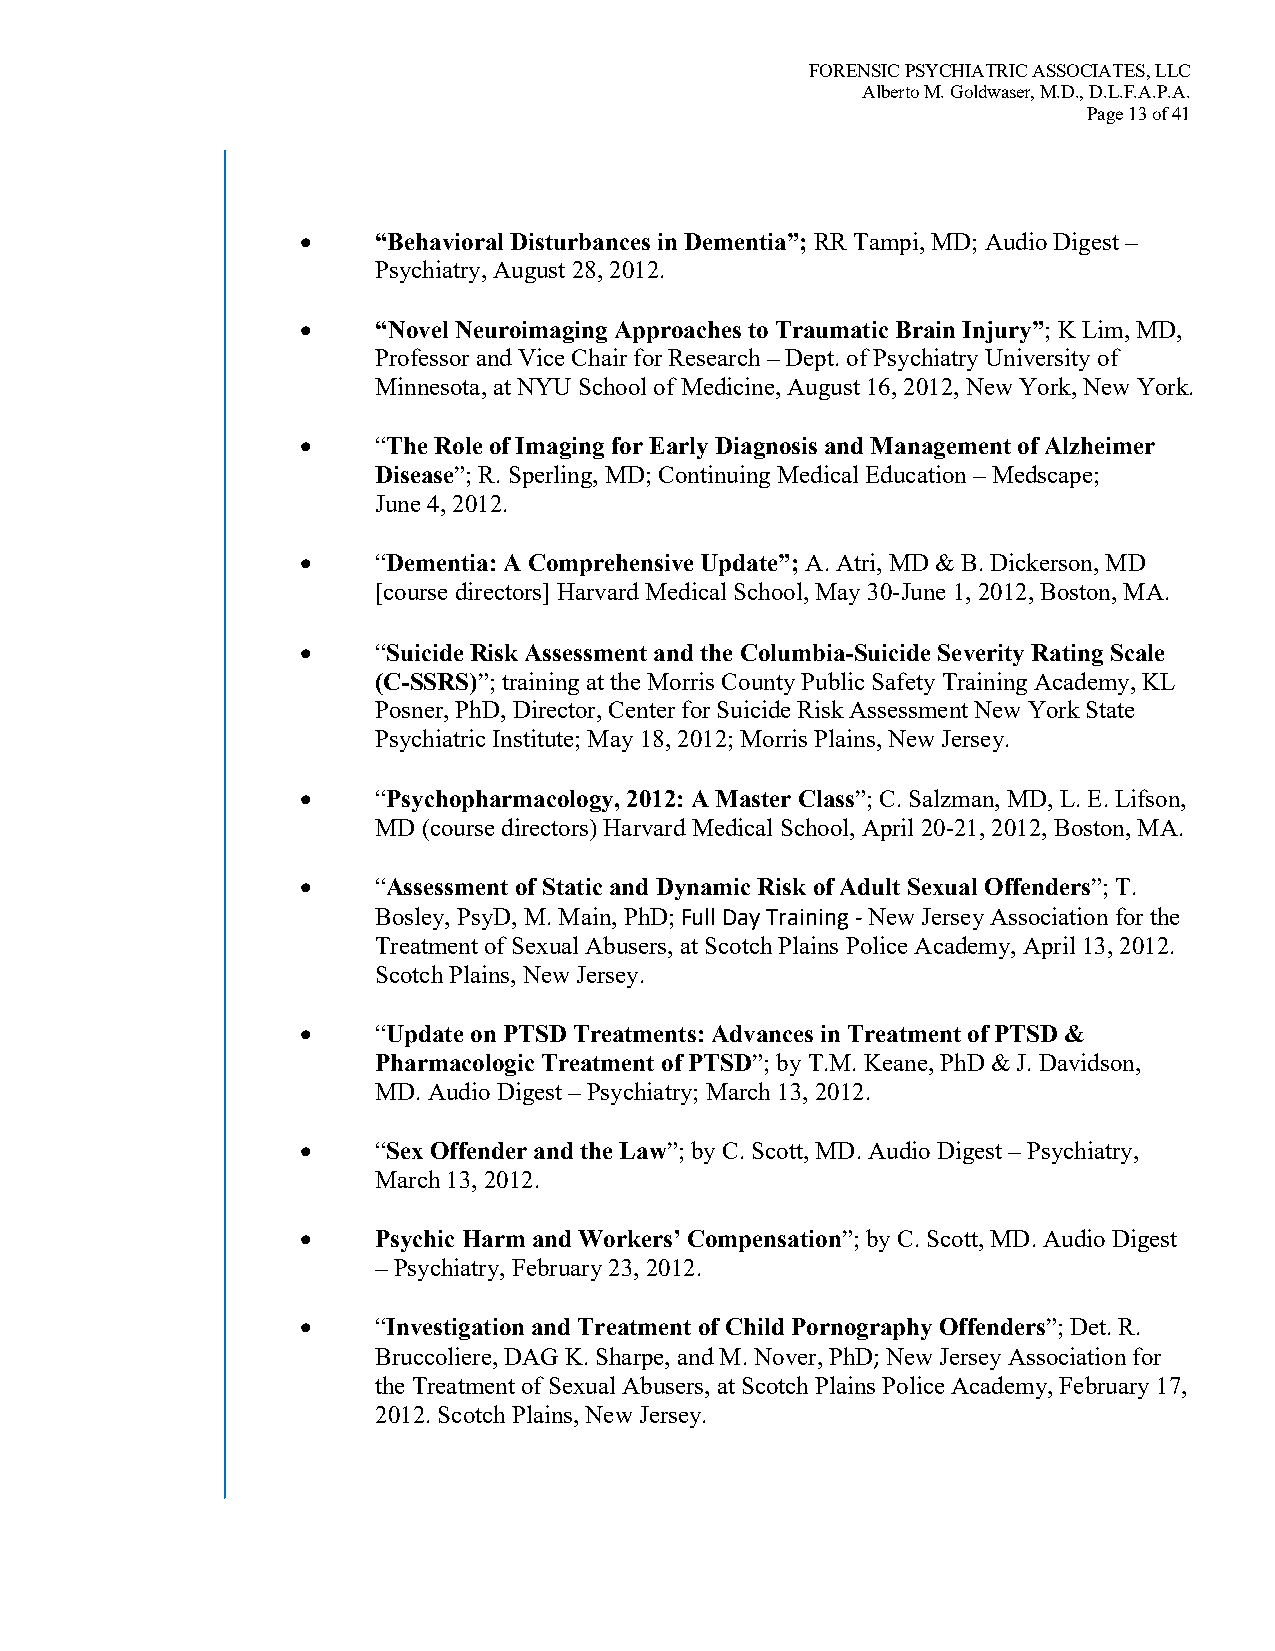
FORENSIC PSYCHIATRIC ASSOCIATES, LLC
 Alberto M. Goldwaser, M.D., D.L.F.A.P.A.
 Page 13 of 41
 •    “Behavioral Disturbances in Dementia”; RR Tampi, MD; Audio Digest –
 Psychiatry, August 28, 2012.
 •    “Novel Neuroimaging Approaches to Traumatic Brain Injury”; K Lim, MD,
 Professor and Vice Chair for Research – Dept. of Psychiatry University of
 Minnesota, at NYU School of Medicine, August 16, 2012, New York, New York.
 •    “The Role of Imaging for Early Diagnosis and Management of Alzheimer
 Disease”; R. Sperling, MD; Continuing Medical Education – Medscape;
 June 4, 2012.
 •    “Dementia: A Comprehensive Update”; A. Atri, MD & B. Dickerson, MD
 [course directors] Harvard Medical School, May 30-June 1, 2012, Boston, MA.
 •    “Suicide Risk Assessment and the Columbia-Suicide Severity Rating Scale
 (C-SSRS)”; training at the Morris County Public Safety Training Academy, KL
 Posner, PhD, Director, Center for Suicide Risk Assessment New York State
 Psychiatric Institute; May 18, 2012; Morris Plains, New Jersey.
 •    “Psychopharmacology, 2012: A Master Class”; C. Salzman, MD, L. E. Lifson,
 MD (course directors) Harvard Medical School, April 20-21, 2012, Boston, MA.
 •    “Assessment of Static and Dynamic Risk of Adult Sexual Offenders”; T.
 Bosley, PsyD, M. Main, PhD; Full Day Training - New Jersey Association for the
 Treatment of Sexual Abusers, at Scotch Plains Police Academy, April 13, 2012.
 Scotch Plains, New Jersey.
 •    “Update on PTSD Treatments: Advances in Treatment of PTSD &
 Pharmacologic Treatment of PTSD”; by T.M. Keane, PhD & J. Davidson,
 MD. Audio Digest – Psychiatry; March 13, 2012.
 •    “Sex Offender and the Law”; by C. Scott, MD. Audio Digest – Psychiatry,
 March 13, 2012.
 •    Psychic Harm and Workers’ Compensation”; by C. Scott, MD. Audio Digest
 – Psychiatry, February 23, 2012.
 •    “Investigation and Treatment of Child Pornography Offenders”; Det. R.
 Bruccoliere, DAG K. Sharpe, and M. Nover, PhD; New Jersey Association for
 the Treatment of Sexual Abusers, at Scotch Plains Police Academy, February 17,
 2012. Scotch Plains, New Jersey.